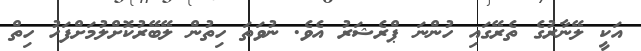
އަކީ ލޭނާރުގެ ތެރޭގައި ހުންނަ ޕްރެޝަރު އެވެ. ނުވަތަ ހިތުން ލޭބޭރުކޮށްލުމަށްފަހު ހިތް